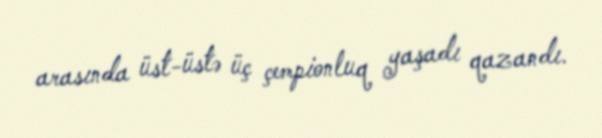
arasında üst-üstə üç çempionluq yaşadı qazandı.